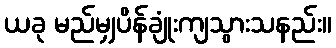
ယခု မည်မျှပိန်ချုံးကျသွားသနည်း။